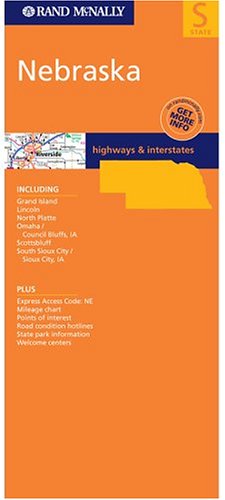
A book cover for Nebraska (Rand McNally Folded Map: States); Rand McNally; Travel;